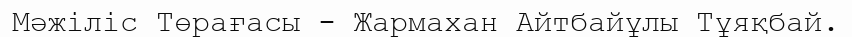
Мәжіліс Төрағасы - Жармахан Айтбайұлы Тұяқбай.